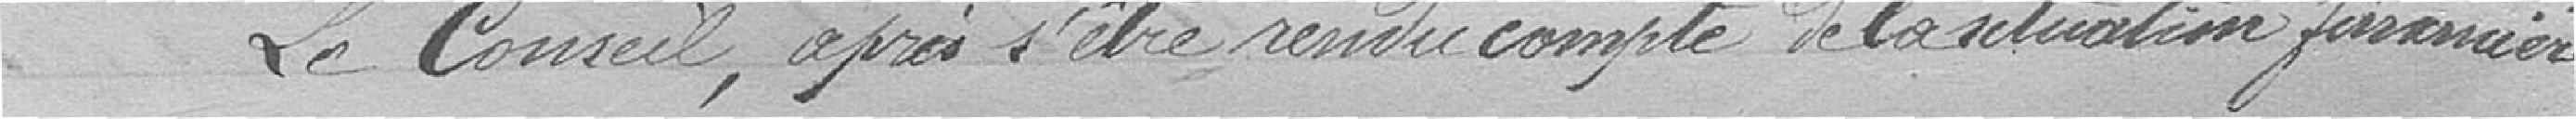
Le Conseil, après s'être rendu compte de la situation financière